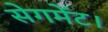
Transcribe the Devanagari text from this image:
सेगमेंट।